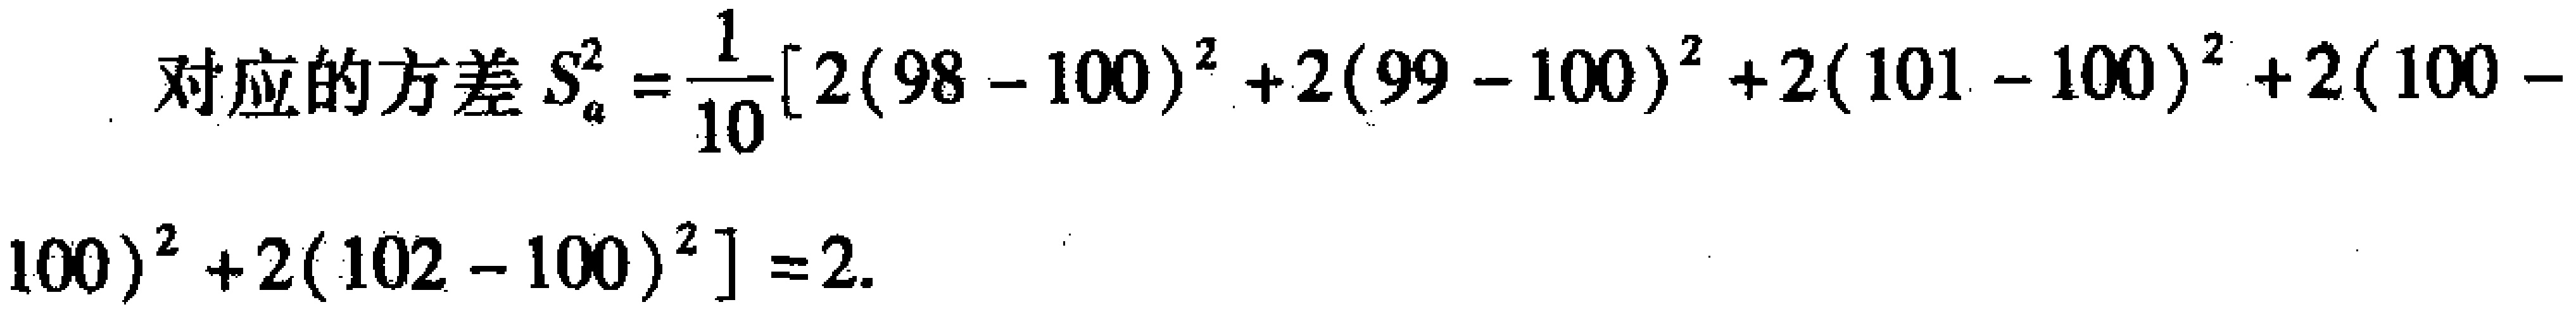
对应的方差 \(S_{a}^{2}=\frac{1}{10}[2(98 - 100)^{2}+2(99 - 100)^{2}+2(101 - 100)^{2}+2(100 - 100)^{2}+2(102 - 100)^{2}]=2\).